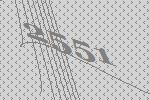
2551